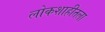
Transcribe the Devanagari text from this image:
लोकशाहीतला